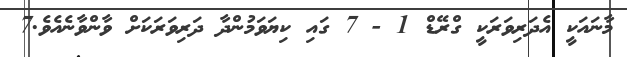
މާނައަކީ އެދަރިވަރަކީ ގްރޭޑް 1 - 7 ގައި ކިޔަވަމުންދާ ދަރިވަރަކަށް ވާންވާނެއެވެ.7